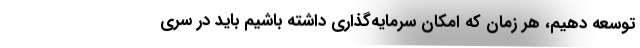
توسعه دهیم، هر زمان که امکان سرمایه‌گذاری داشته باشیم باید در سری